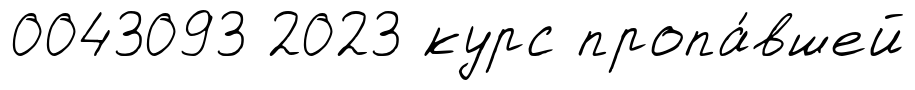
0043093 2023 курс пропа́вшей